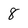
Character: 8